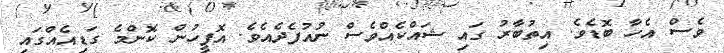
ވެސް އެހާ ބޮޑެވެ. އިތުބާރު ގައި ޝައްކެއްވެސް ނުއުފެދެއެވެ. އޮފީހުން ކޮންމެ ގަޑިއެއްގައި